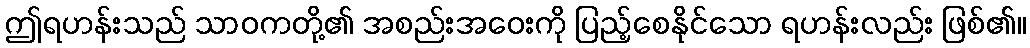
ဤရဟန်းသည် သာဝကတို့၏ အစည်းအဝေးကို ပြည့်စေနိုင်သော ရဟန်းလည်း ဖြစ်၏။